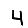
Digit: 4